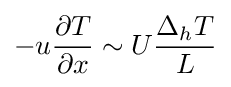
-u{\frac {\partial T}{\partial x}}\sim U{\frac {\Delta _{h}T}{L}}